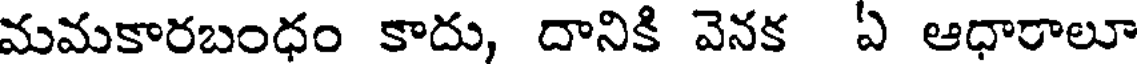
మమకారబంధం కాదు, దానికి వెనక ఏ ఆధారాలూ